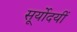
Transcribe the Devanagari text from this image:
सूर्योदयीं